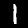
Label: 1